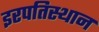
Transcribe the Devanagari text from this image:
इरपतिस्थान